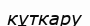
кұткару